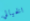
الخيالي